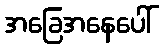
အခြေအနေပေါ်